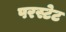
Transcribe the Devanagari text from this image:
परस्टेट